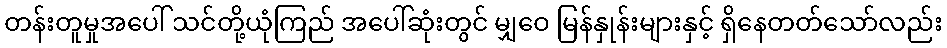
တန်းတူမှုအပေါ် သင်တို့ယုံကြည် အပေါ်ဆုံးတွင် မျှဝေ မြန်နှုန်းများနှင့် ရှိနေတတ်သော်လည်း